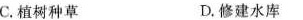
C.植树种草 D.修建水库